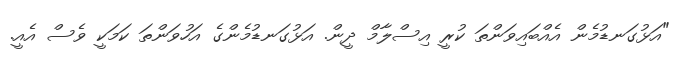
"އަޅުގަނޑުމެން އެއްބައިވަންތަ ކުރީ އިސްލާމް ދީން. އަޅުގަނޑުމެންގެ އަހުވަންތަ ކަމަކީ ވެސް އެއީ.